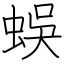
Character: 蜈